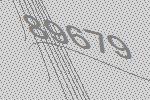
89679